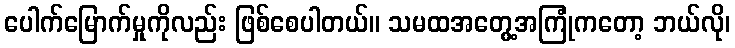
ပေါက်မြောက်မှုကိုလည်း ဖြစ်စေပါတယ်။ သမထအတွေ့အကြုံကတော့ ဘယ်လို၊